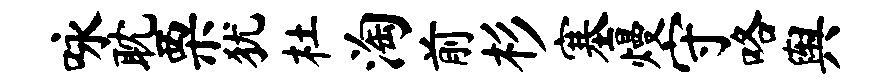
咏耽栗犹杜淘前杉塞熳守咯舆